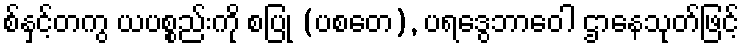
စ်နှင့်တကွ ယပစ္စည်းကို စပြု (ပစတေ), ပရဒွေဘာဝေါ ဌာနေသုတ်ဖြင့်